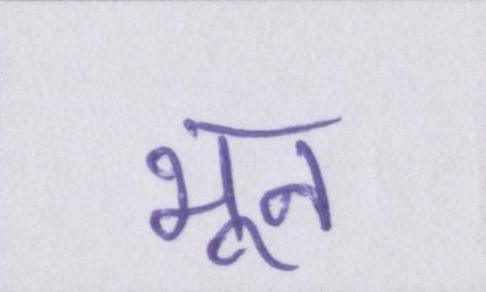
भून